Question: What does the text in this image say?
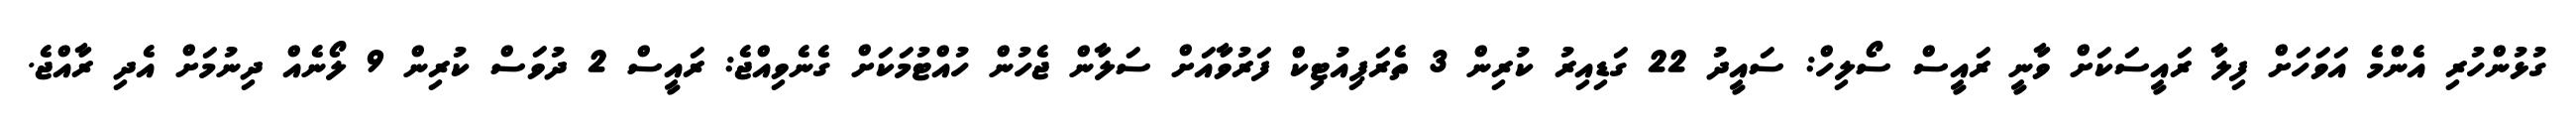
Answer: ގުޅުންހުރި އެންމެ އަވަހަށް ފިލާ ރައީސަކަށް ވާނީ ރައީސް ސޯލިހް: ސައީދު 22 ގަޑިއިރު ކުރިން 3 ތެރަޕިއުޓިކް ފަރުވާއަށް ސަލާން ޖެހުން ހުއްޓުމަކަށް ގެނެވިއްޖެ: ރައީސް 2 ދުވަސް ކުރިން 9 ލޯނެއް ދިނުމަށް އެދި ރާއްޖެ.